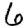
Digit: 6